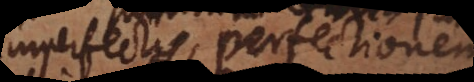
imperfectis, perfectionem